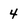
Character: 4